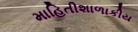
માહિતીશાળાકીય